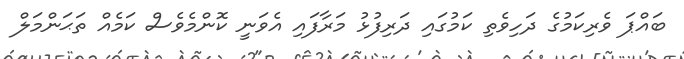
ބައްޕަ ވެރިކަމުގެ ދަހިވެތި ކަމުގައި ދަރިފުޅު މަރާފައި އެވަނީ ކޮންމެވެސް ކަމެއް ތަޙަންމަލް